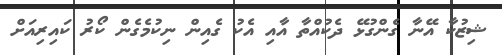
ޝިޒުކާ އޭނާ ގެންގުޅޭ ދެކުއްތާ އާއި އެކު ގެއިން ނިކުމެގެން ކޯރު ކައިރިއަށް